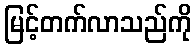
မြင့်တက်လာသည်ကို